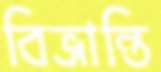
বিভ্রান্তি